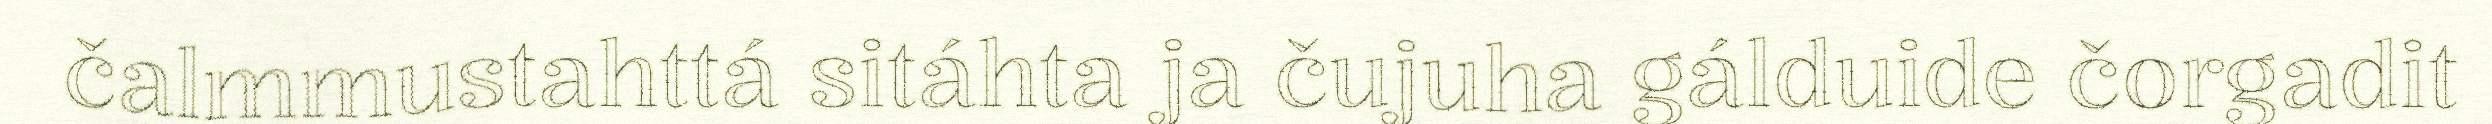
čalmmustahttá sitáhta ja čujuha gálduide čorgadit